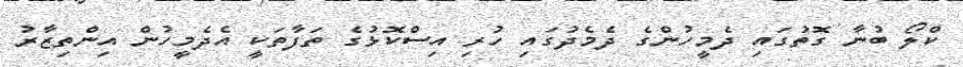
ކްލޯ ބުނާ ގޮތުގައި ދެމީހުންގެ ދެމެދުގައި ހުރި އިސްކޮޅުގެ ތަފާތަކީ އެދެމީހުން އިންތިޒާރު